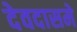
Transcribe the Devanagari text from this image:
देवदासमे